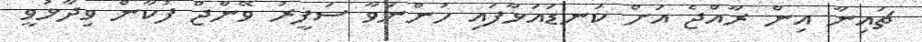
ޗައިނާ އިން ރާއްޖެ އަށް ކަނޑައަޅާފައި ހުންނަވާ ސަފީރު ވޭންޖް ފުކާން ވިދާޅުވީ